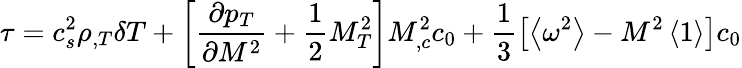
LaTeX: \tau=c_{s}^{2}\rho_{,T}\delta T+\left[\frac{\partial p_{T}}{\partial M^{2}}+\frac 12M_{T}^{2}\right]M_{,c}^{2}c_{0}+\frac 13\left[\left\langle\omega^{2}\right\rangle-M^{2}\left\langle 1\right\rangle\right]c_{0}